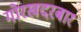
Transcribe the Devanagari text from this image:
गोरखदरबार